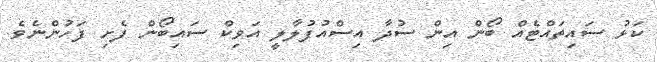
ކަޅު ސައިތައްޓެއް ބޯން އިން ސުދާ އިސްއުފުލާލީ އަވިކް ސައިބޯން ފެށި ފަހުންނެވެ.